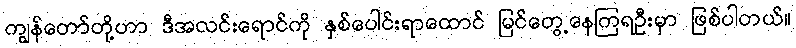
ကျွန်တော်တို့ဟာ ဒီအလင်းရောင်ကို နှစ်ပေါင်းရာထောင် မြင်တွေ့နေကြရဦးမှာ ဖြစ်ပါတယ်။